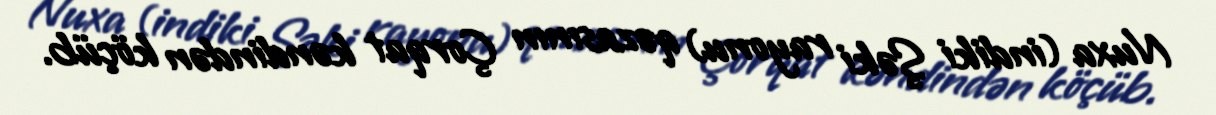
Nuxa (indiki Şəki rayonu) qəzasının Çorqat kəndindən köçüb.